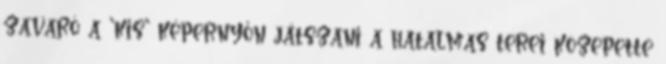
zavaró a 'kis' képernyőn játszani a hatalmas terei közepette